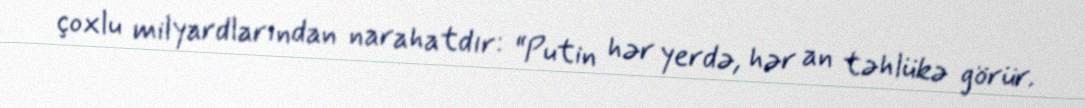
çoxlu milyardlarından narahatdır: “Putin hər yerdə, hər an təhlükə görür.